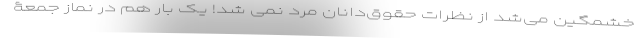
خشمگین می‌شد از نظرات حقوق‌دانان مرد نمی شد! یک بار هم در نماز جمعۀ